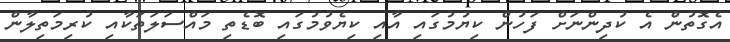
އެގޮތުން އެ ކުދިންނަށް ފަހުން ކިޔުމުގައި އާއި ކިޔެވުމުގައި ބޮޑެތި މައްސަލަތަކާއި ކުރިމަތިލާން